Civil Veterinary Department Bihar & Orissa reports 1922-29 - 1922-1929
Year: 1922
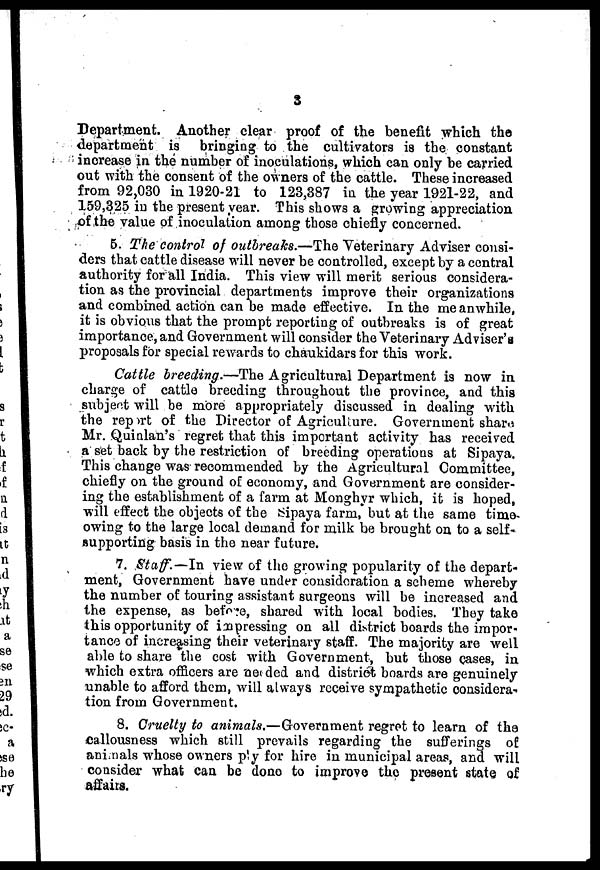
3
Department. Another clear proof of the benefit which the
department is bringing to the cultivators is the constant
increase in the number of inoculations, which can only be carried
out with the consent of the owners of the cattle. These increased
from 92,030 in 1920-21 to 123,387 in the year 1921-22, and
159,325 in the present year. This shows a growing appreciation
of the value of inoculation among those chiefly concerned.
5. The control of outbreaks.—The Veterinary Adviser consi-
ders that cattle disease will never be controlled, except by a central
authority for all India. This view will merit serious considera-
tion as the provincial departments improve their organizations
and combined action can be made effective. In the meanwhile,
it is obvious that the prompt reporting of outbreaks is of great
importance, and Government will consider the Veterinary Adviser's
proposals for special rewards to chaukidars for this work.
Cattle breeding.—The Agricultural Department is now in
charge of cattle breeding throughout the province, and this
subject will be more appropriately discussed in dealing with
the report of the Director of Agriculture. Government share
Mr. Quinlan's regret that this important activity has received
a set back by the restriction of breeding operations at Sipaya.
This change was recommended by the Agricultural Committee,
chiefly on the ground of economy, and Government are consider-
ing the establishment of a farm at Monghyr which, it is hoped,
will effect the objects of the Sipaya farm, but at the 6amo time-
owing to the large local demand for milk be brought on to a self-
supporting basis in the near future.
7. Staff.—In view of the growing popularity of the depart-
ment, Government have under consideration a scheme whereby
the number of touring assistant surgeons will be increased and
the expense, as before, shared with local bodies. They take
this opportunity of iæpressing on all district boards the impor-
tance of increasing their veterinary staff. The majority are well
able to share the cost with Government, but those cases, in
which extra officers are ne<dei and district boards are genuinely
unable to afford them, will always receive sympathetic considera-
tion from Government.
8. Cruelty to animals.—Government regret to learn of the
callousness which still prevails regarding the sufferings of
animals whose owners p'y for hire in municipal areas, and will
consider what can be done to improve the present state of
affairs.